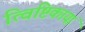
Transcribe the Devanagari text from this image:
त्विष्टिकायां